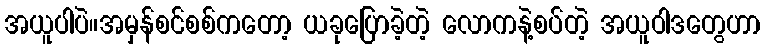
အယူပါပဲ။အမှန်စင်စစ်ကတော့ ယခုပြောခဲ့တဲ့ လောကနဲ့စပ်တဲ့ အယူဝါဒတွေဟာ